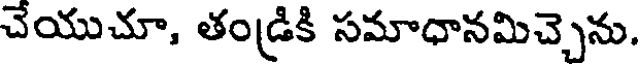
చేయుచూ, తండ్రికి సమాధానమిచ్చెను.